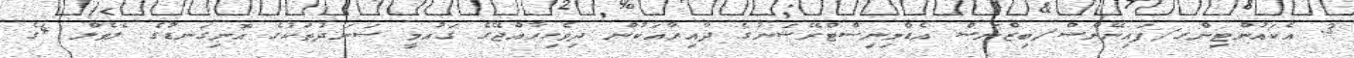
3. އެކައުންޓިންގ/ފައިނޭންސް/ބިޒްނަސް އެޑްމިނިސްޓްރޭޝަނުގެ ދާއިރާއަކުން ދިވެހިރާއްޖޭގެ ޤައުމީ ސަނަދުތަކުގެ އޮނިގަނޑުގެ ލެވެލް 4ގެ